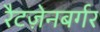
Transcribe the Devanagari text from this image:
रैटज़ेनबर्गर